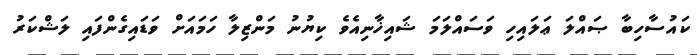
ކައުސާހިބާ ޞައްލަ ޢަލައިހި ވަސައްލަމަ ޝައިޚާނިއެވެ ކިޔުނު މަންޒިލާ ހަމައަށް ވަޑައިގެންފައި ލަޝްކަރު